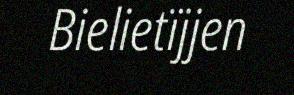
Bielietïjjen